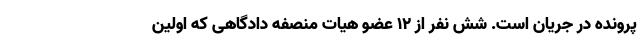
پرونده در جریان است. شش نفر از ۱۲ عضو هیات منصفه دادگاهی که اولین